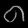
Digit: ၈